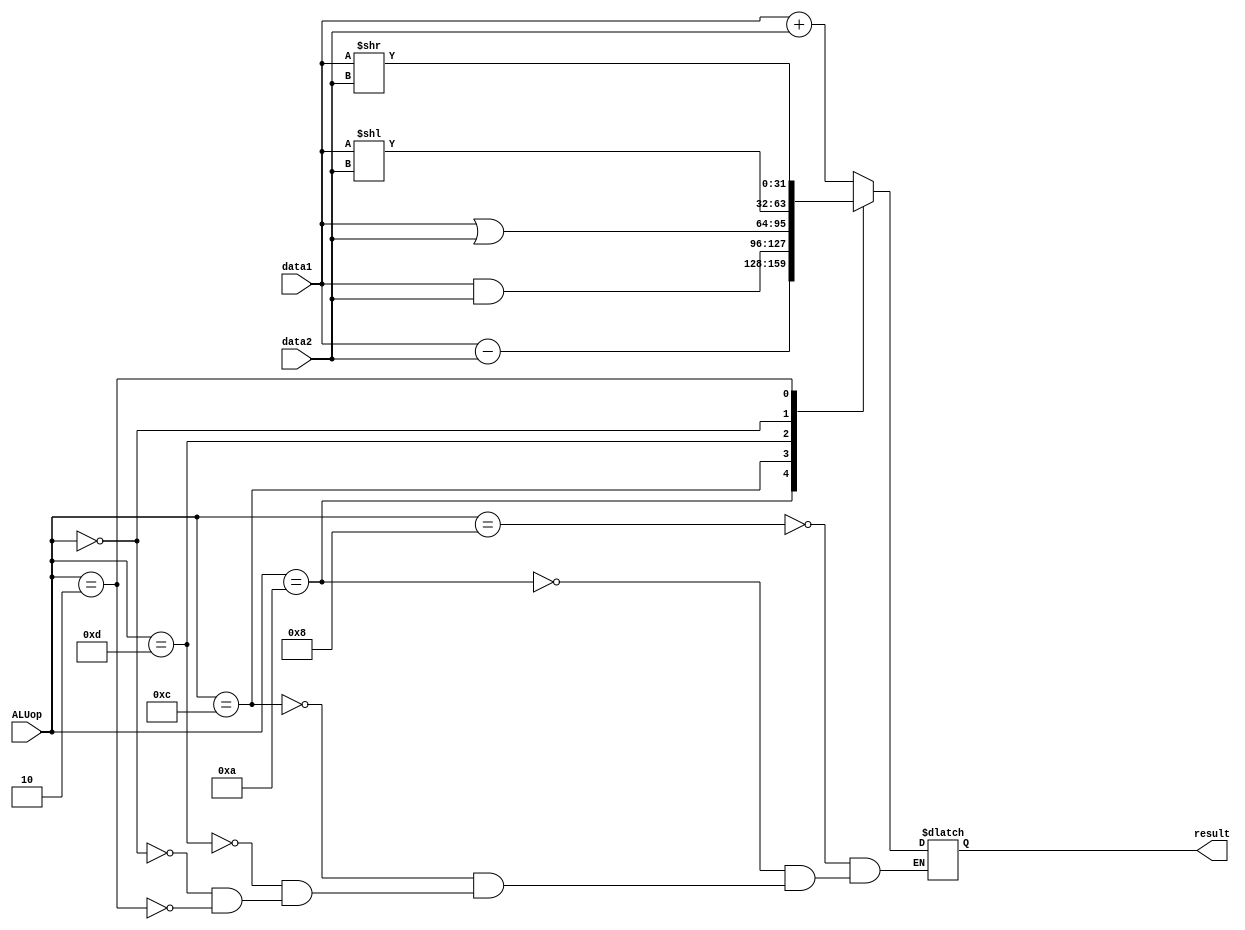
`timescale 1ns / 1ps
//////////////////////////////////////////////////////////////////////////////////
// Company: 
// Engineer: 
// 
// Design Name: 
// Module Name:    ALU 
// Project Name: 
// Target Devices: 
// Tool versions: 
// Description: 
//
// Dependencies: 
//
// Revision: 
// Revision 0.01 - File Created
// Additional Comments: 
//
//////////////////////////////////////////////////////////////////////////////////
module ALU(
    input [31:0] data1,
    input [31:0] data2,
    input [3:0] ALUop,
    output reg [31:0] result
    );
always @(*)
begin
case(ALUop)
4'b1000: result = data1+data2;
4'b1010: result = data1-data2;
4'b1100: result = data1&data2;
4'b1101: result = data1|data2;
4'b0000: result = data1<<data2;
4'b0010: result = data1>>data2;
endcase
end
endmodule